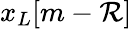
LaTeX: x_{L}[m-\mathcal{R}]